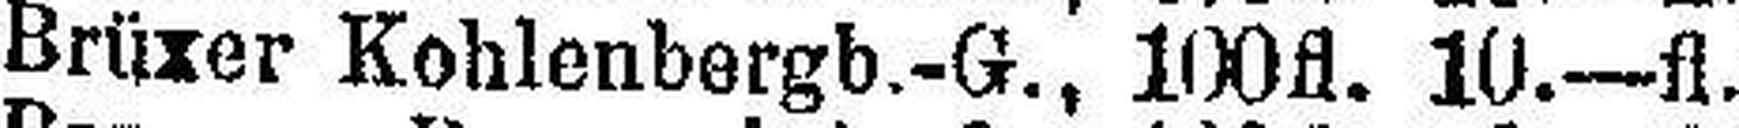
Brüxer Kohlenbergb.-G., 100fl. 10.—fl.